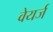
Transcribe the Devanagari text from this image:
वेयर्ज